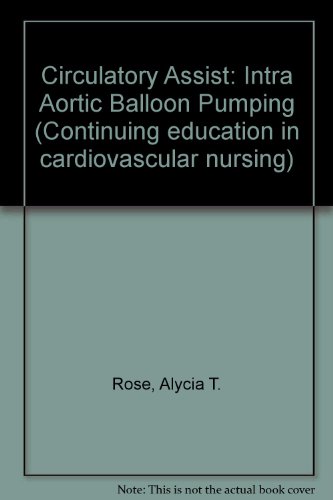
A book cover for Circulatory Assist: Intra Aortic Balloon Pumping (Continuing education in cardiovascular nursing); Alycia T. Rose; Medical Books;